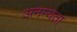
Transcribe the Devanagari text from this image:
अनम्यता